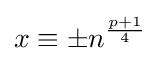
x\equiv \pm n^{\frac {p+1}{4}}